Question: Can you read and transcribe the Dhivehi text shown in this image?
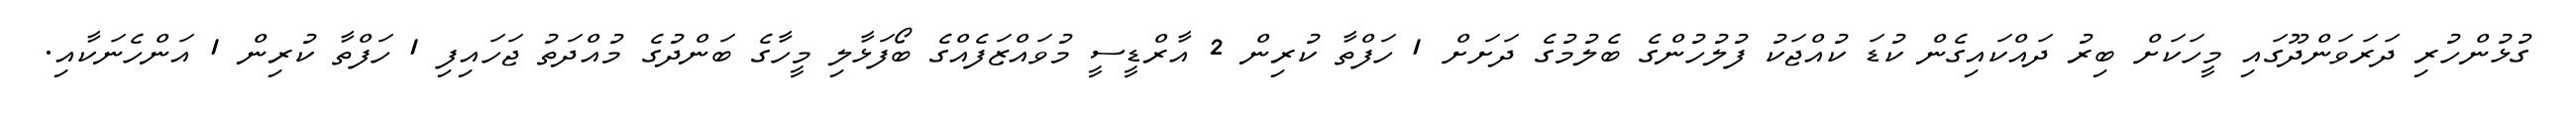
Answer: ގުޅުންހުރި ދަރަވަންދޫގައި މީހަކަށް ބިރު ދައްކައިގެން ކުޑަ ކުއްޖަކު ފުލުހުންގެ ބެލުމުގެ ދަށަށް 1 ހަފްތާ ކުރިން 2 އާރްޑީސީ މުވައްޒަފެއްގެ ބޯފަޅާލި މީހާގެ ބަންދުގެ މުއްދަތު ޖަހައިފި 1 ހަފްތާ ކުރިން 1 އަންހެނަކާއި.